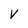
Character: V